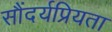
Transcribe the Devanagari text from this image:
सौंदर्यप्रियता